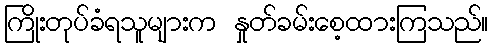
ကြိုးတုပ်ခံရသူများက နှုတ်ခမ်းစေ့ထားကြသည်။